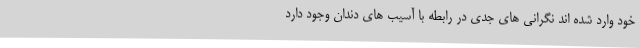
خود وارد شده اند نگرانی های جدی در رابطه با آسیب های دندان وجود دارد